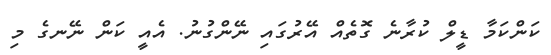
ކަންކަމާ ޑީލް ކުރާނެ ގޮތެއް އޭރުގައި ނޭންގުނު. އެއީ ކަން ނޭނގެ މި